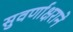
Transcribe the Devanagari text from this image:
सुवर्णाक्षराने